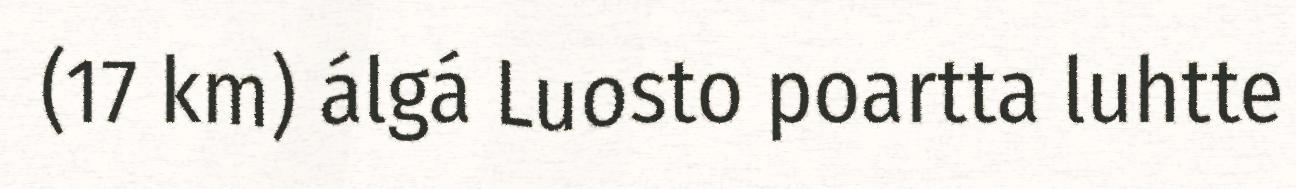
(17 km) álgá Luosto poartta luhtte